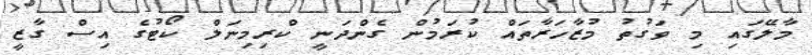
މާލޭގައި މި ވަގުތު މުޒާހަރާތައް ކުރަމުން ގެންދަނީ ކްރިމިނަލް ކޯޓުގެ އިސް ގާޒީ